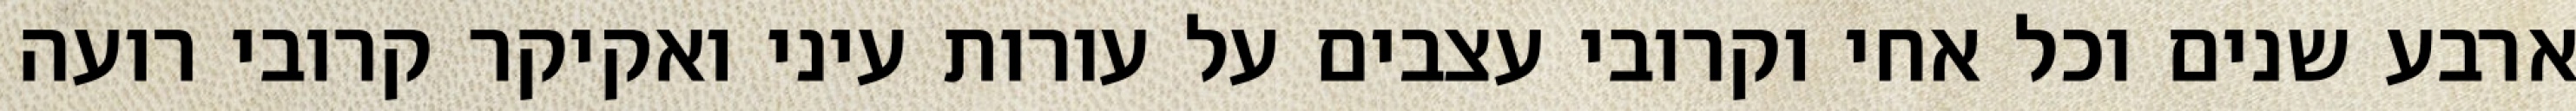
ארבע שנים וכל אחי וקרובי עצבים על עורות עיני ואקיקר קרובי רועה